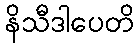
နိသီဒါပေတိ